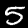
Label: 5